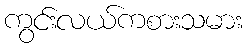
ကွင်းလယ်ကစားသမား